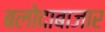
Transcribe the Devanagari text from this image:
बलोदाबाजार